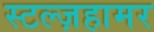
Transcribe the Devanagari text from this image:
स्टल्ज़हामर